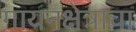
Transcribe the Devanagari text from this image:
गायनक्षेत्राचा